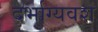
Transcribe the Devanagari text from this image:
दर्भाग्यवश